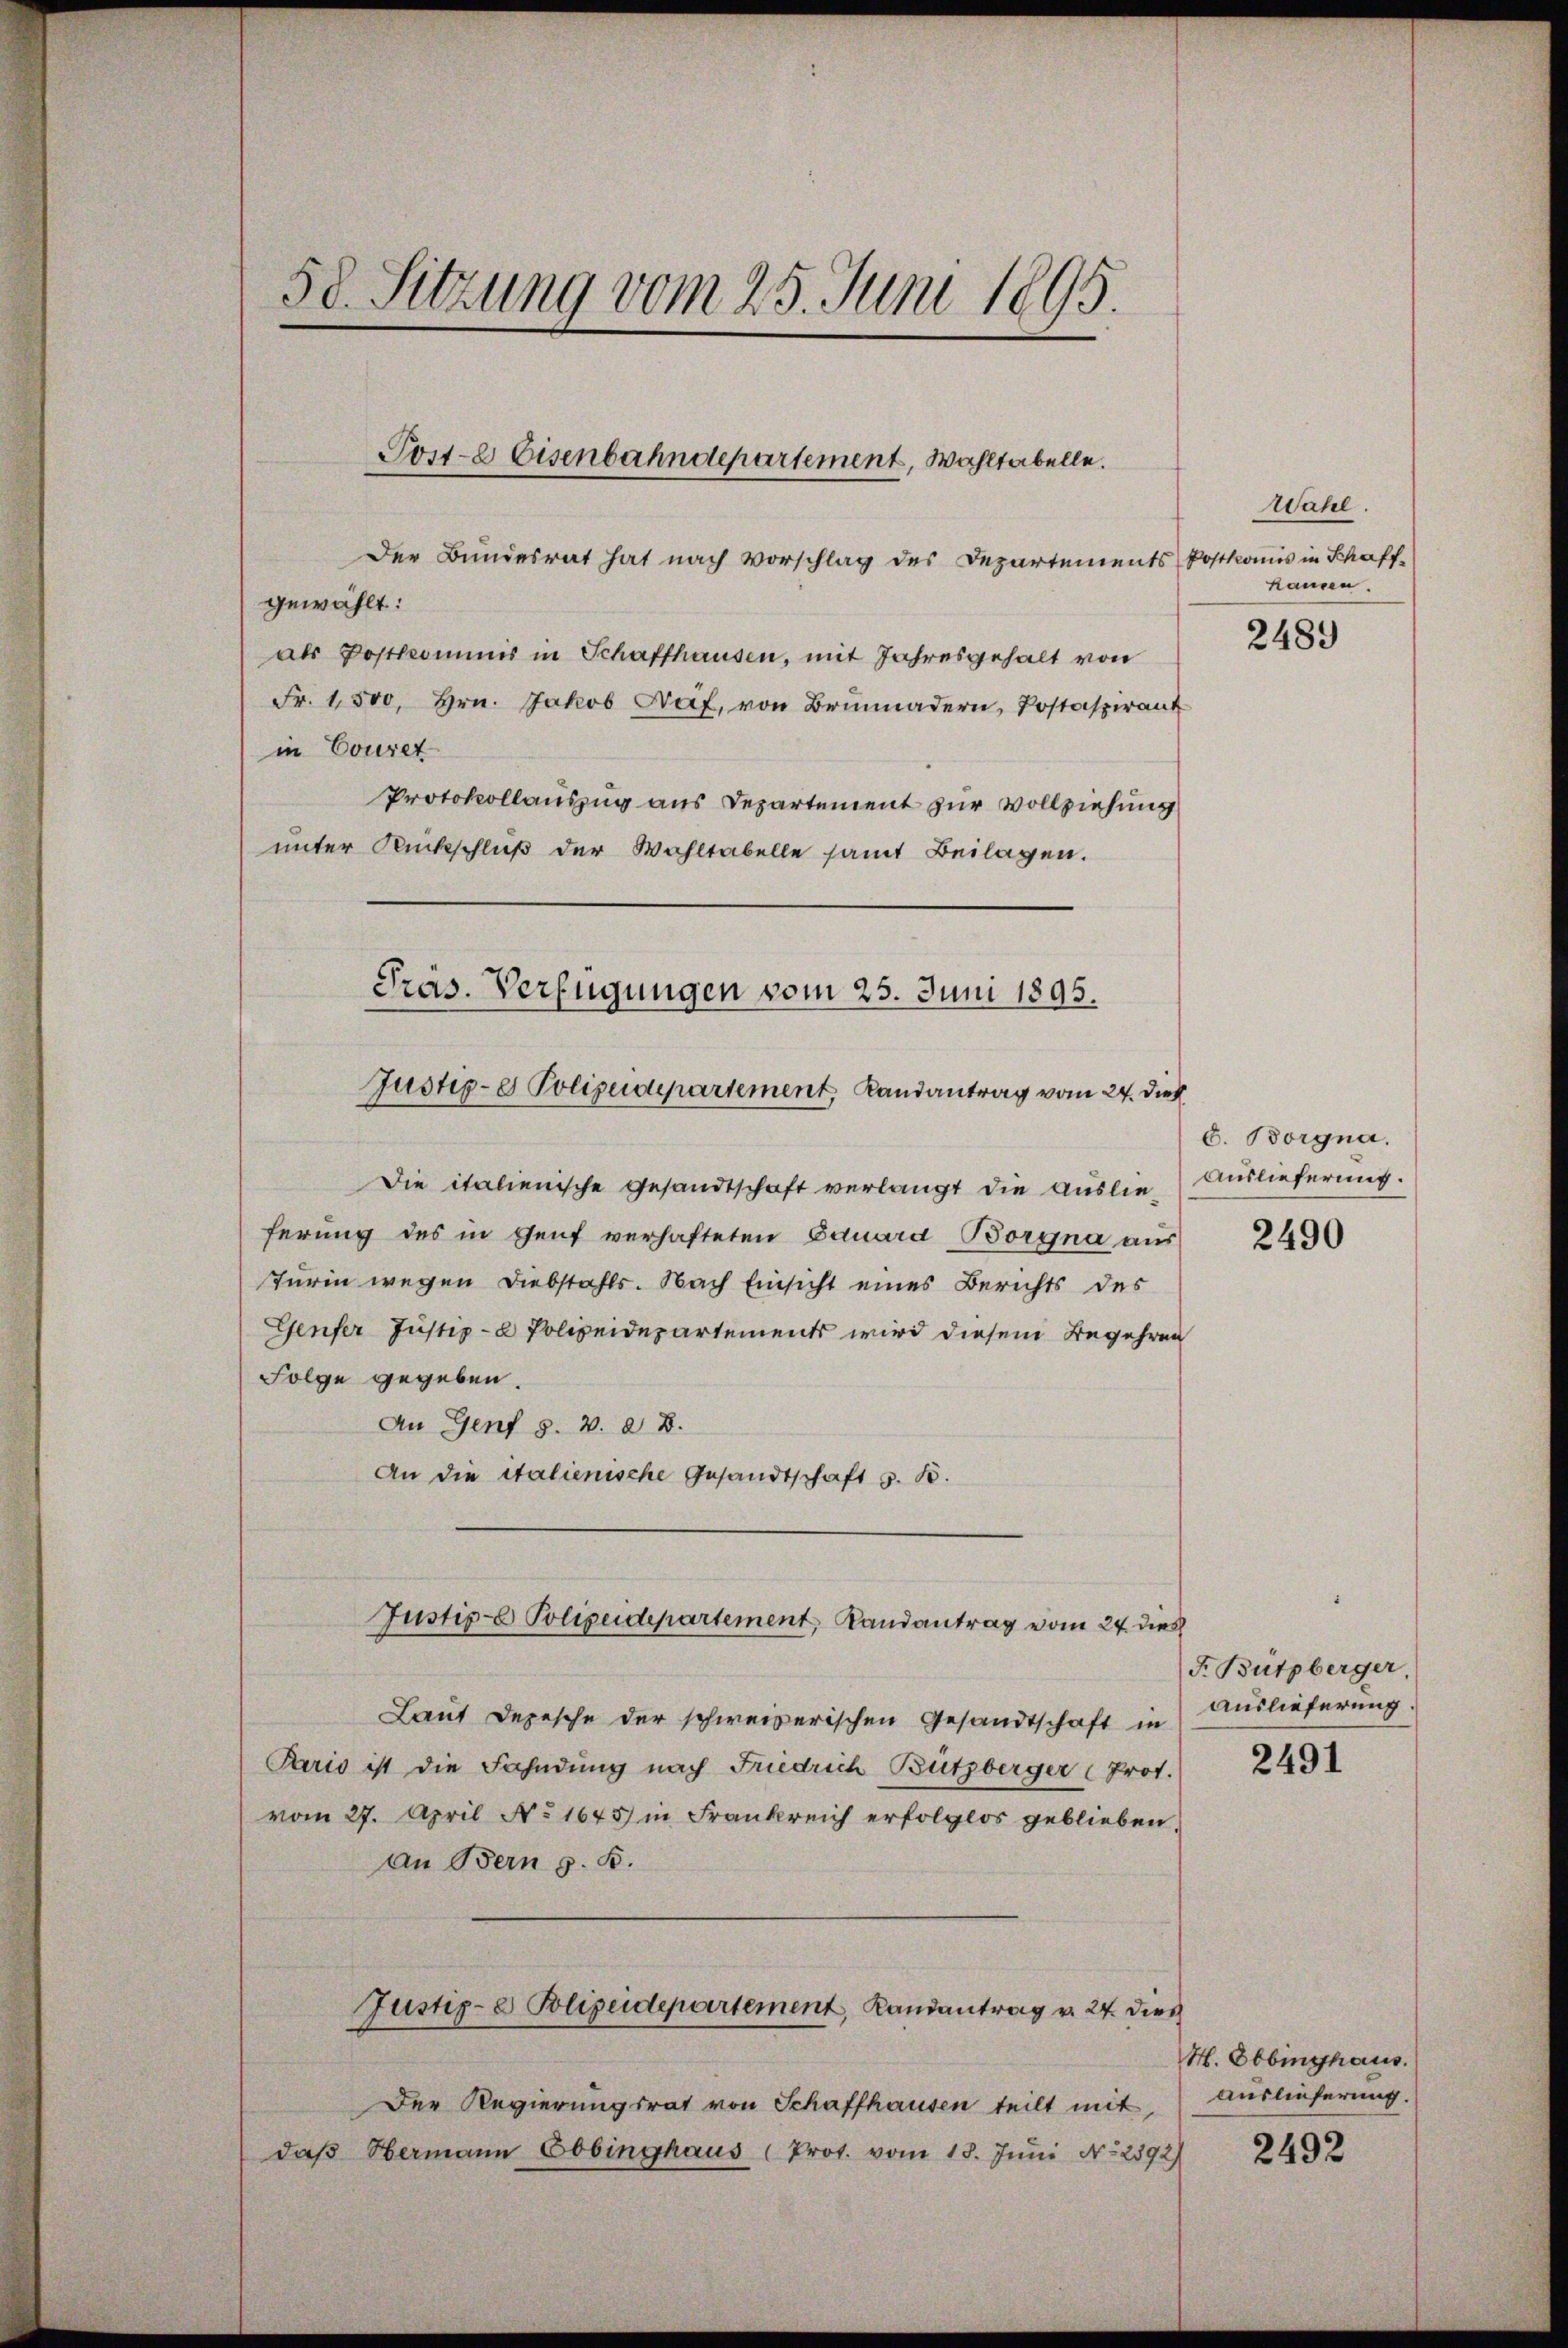
58. Sitzung vom 25. Juni 1895.

Poste Eisenbahndepartement, Wohltabelle.

Der Bundesrat hat nach Vorschlag des Departements Postkomis in Schaff-
gewählt:
als Postkommis in Schaffhausen, mit Jahresgehalt von
Fr. 1,500, Hrn. Jakob Näf, von Brŭnnadern, Postaspirant
in Couret
Protokollauszug aus Departement zur Vollziehung
unter Rückschluß der Wohltabelle samt Beilagen.
Die italienische Gesandtschaft verlangt die Auslieferung des in Genf verhafteten Eduard Borgna aus
Turin wegen Diebstahls. Nach Einsicht eines Berichts des
Genfer Justiz- & Polizeidepartements wird diesem Begehren
Folge gegeben.
An Genf §. v. 2. B.
An die italienische Gesandtschaft z. B.
Justige Polizeidepartement, Landantrag vom 24. dies
Laut Depesche der schweizerischen Gesandtschaft in
Paris ist die Fahndung nach Friedrich Bützberger (Prot.
vom 27. April No 1645 in Frankreich erfolglos geblieben.
an Bern z. B.
Justiz- & Polizeidepartement, Landantrag v. 24. dies
Der Regierungsrat von Schaffhausen teilt mit,
daβ Hermann Ebinghaus (Prot. vom 18. Jŭni No 2392)

Pras. Verfügungen vom 25. Juni 1895.
Justige Polizeidepartement Landantrag vom 24. dies

Wahl.
handen.

2489

E. Borgna.
Auslieferung.

2490

F. Bützberger,
Auslieferung.

2491

H. Obbinghaus.
Auslieferung.
2492